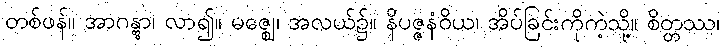
တစ်ဖန်။ အာဂန္တွာ၊ လာ၍။ မဇ္ဈေ၊ အလယ်၌။ နိပဇ္ဇနံဝိယ၊ အိပ်ခြင်းကိုကဲ့သို့။ စိတ္တဿ၊